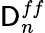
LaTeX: \mathsf{D}_{n}^{ff}